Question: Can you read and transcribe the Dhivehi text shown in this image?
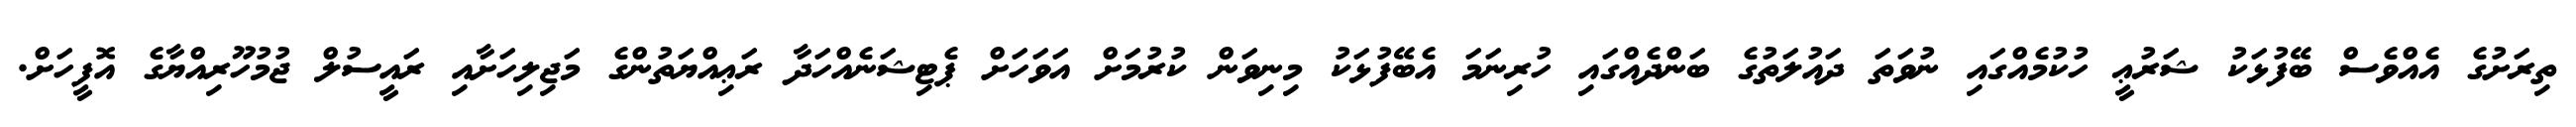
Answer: ތިރަށުގެ އެއްވެސް ބޭފުޅަކު ޝަރުޢީ ހުކުމެއްގައި ނުވަތަ ދައުލަތުގެ ބަންދެއްގައި ހުރިނަމަ އެބޭފުޅަކު މިނިވަން ކުރުމަށް އަވަހަށް ޕެޓިޝަނެއްހަދާ ރަޢިއްޔަތުންގެ މަޖިލިހަށާއި ރައީސުލް ޖުމުހޫރިއްޔާގެ އޮފީހަށް.